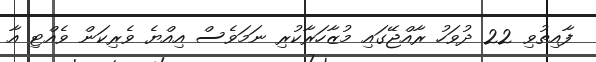
ފާއިތުވި 22 ދުވަހު ރާއްޖޭގައި މުޒާހަރާކުރި ނަމަވެސް އިއްޔެ ވެރިކަން ވެއްޓި އާ